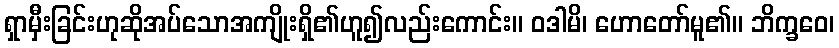
ရှာမှီးခြင်းဟုဆိုအပ်သောအကျိုးရှိ၏ဟူ၍လည်းကောင်း။ ဝဒါမိ၊ ဟောတော်မူ၏။ ဘိက္ခဝေ၊